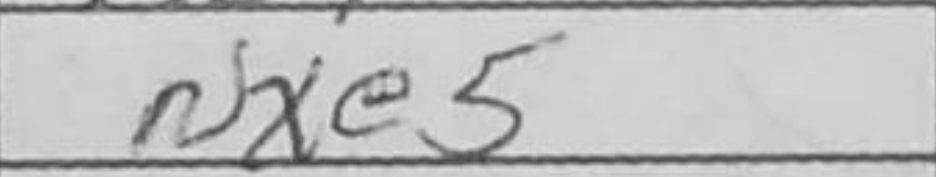
Transcription: Nxe5